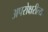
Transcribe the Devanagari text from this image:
अपरोक्षरीत्या